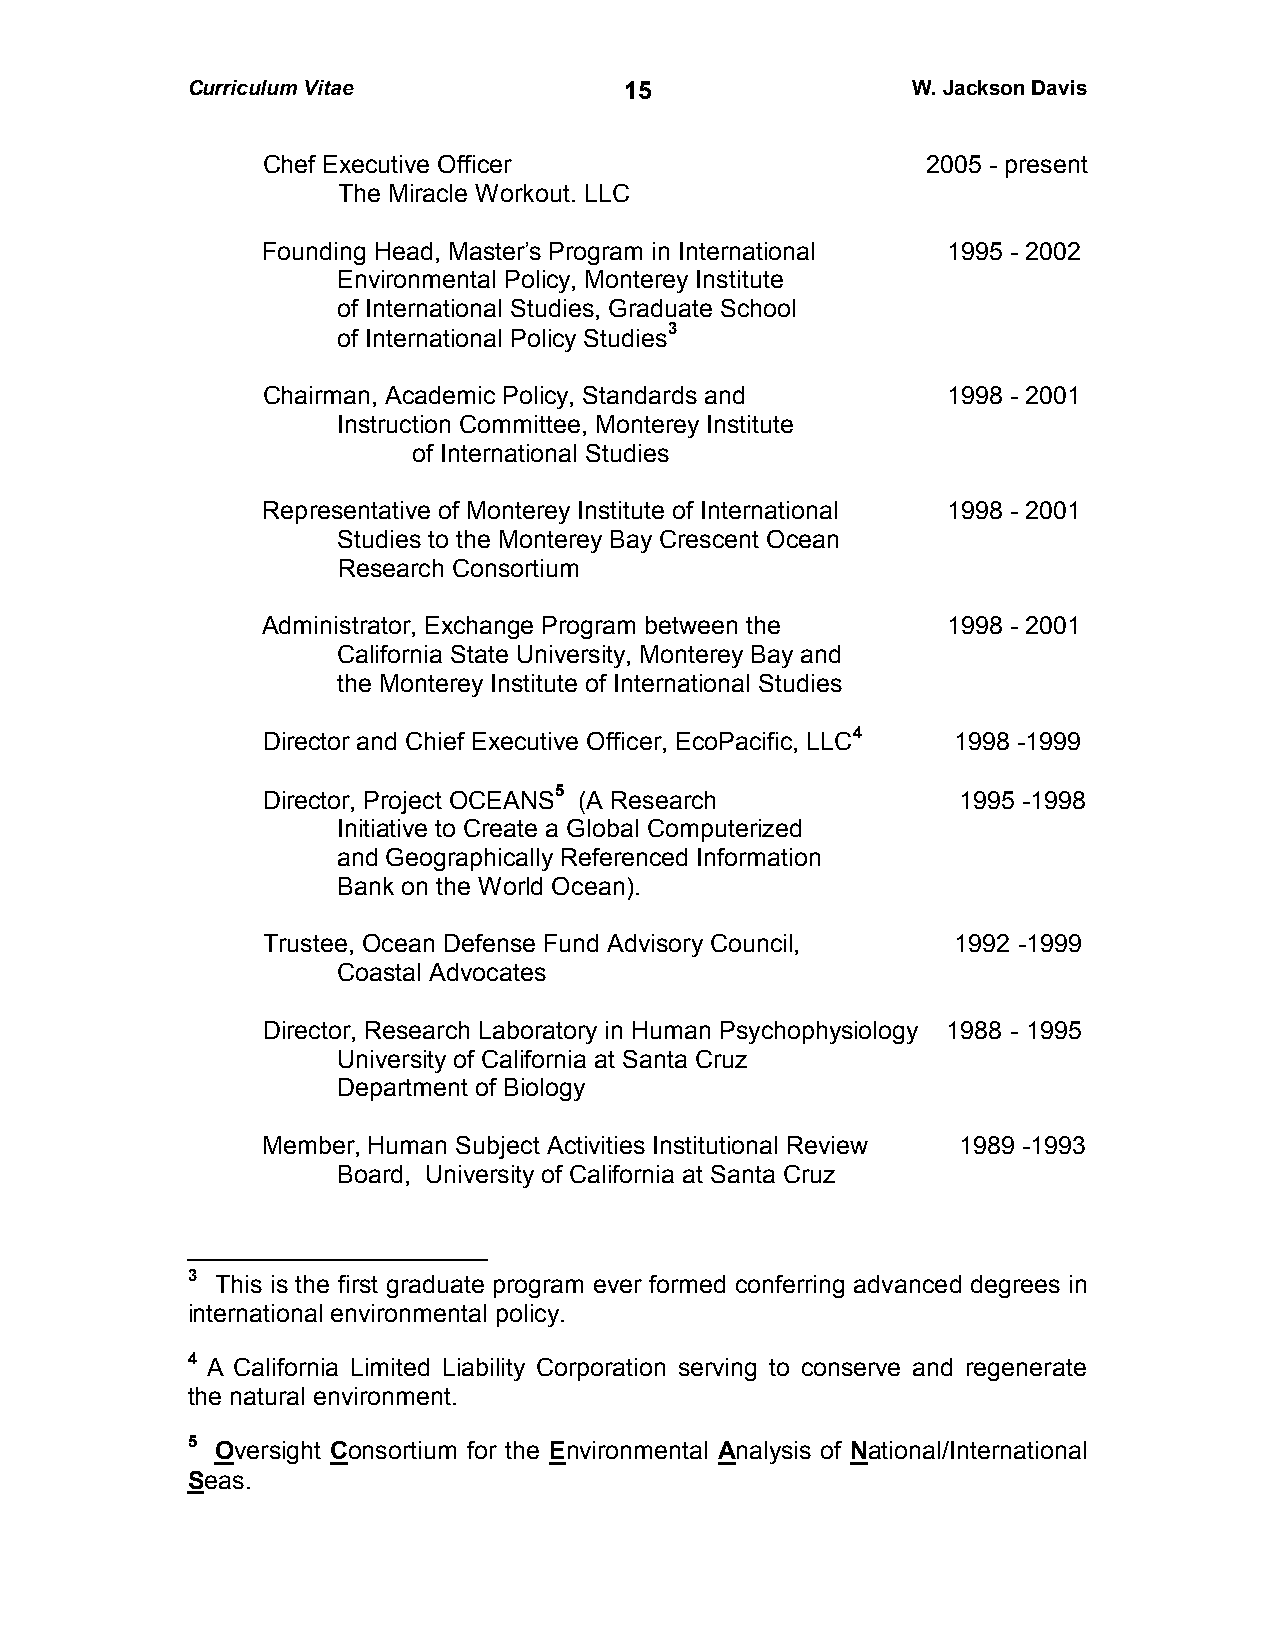
Curriculum Vitae             1 5                W. Jackson Davis
 Chef Executive Officer                      2005 - present
 The Miracle Workout. LLC
 Founding Head, Master’s Program in International 1995 - 2002
 Environmental Policy, Monterey Institute
 of International Studies, Graduate School
 of International Policy Studies3
 Chairman, Academic Policy, Standards and      1998 - 2001
 Instruction Committee, Monterey Institute
 of International Studies
 Representative of Monterey Institute of International 1998 - 2001
 Studies to the Monterey Bay Crescent Ocean
 Research Consortium
 Administrator, Exchange Program between the   1998 - 2001
 California State University, Monterey Bay and
 the Monterey Institute of International Studies
 Director and Chief Executive Officer, EcoPacific, LLC4 1998 -1999
 Director, Project OCEANS5 (A Research         1995 -1998
 Initiative to Create a Global Computerized
 and Geographically Referenced Information
 Bank on the World Ocean).
 Trustee, Ocean Defense Fund Advisory Council, 1992 -1999
 Coastal Advocates
 Director, Research Laboratory in Human Psychophysiology 1988 - 1995
 University of California at Santa Cruz
 Department of Biology
 Member, Human Subject Activities Institutional Review 1989 -1993
 Board, University of California at Santa Cruz
 3 This is the first graduate program ever formed conferring advanced degrees in
 international environmental policy.
 4 A California Limited Liability Corporation serving to conserve and regenerate
 the natural environment.
 5 Oversight Consortium for the Environmental Analysis of National/International
 Seas.